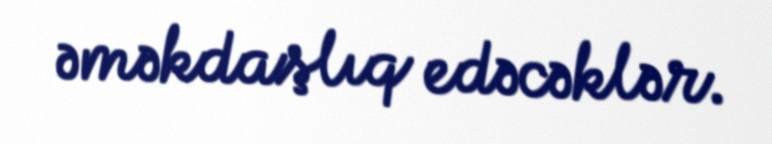
əməkdaşlıq edəcəklər.